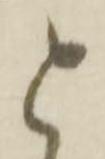
と